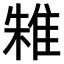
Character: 𨾲